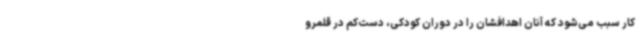
کار سبب می‌شود که آنان اهدافشان را در دوران کودکی، دست‌کم در قلمرو